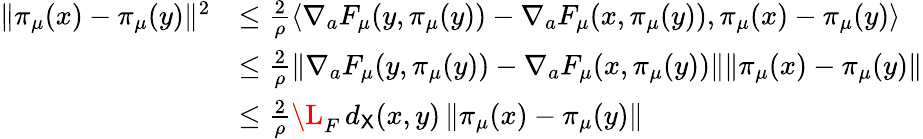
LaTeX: \begin{array}{rl}{\| \pi_{\mu}(x)-\pi_{\mu}(y)\| ^{2}}&{\leq\frac{2}{\rho}\langle\nabla_{a}F_{\mu}(y,\pi_{\mu}(y))-\nabla_{a}F_{\mu}(x,\pi_{\mu}(y)),\pi_{\mu}(x)-\pi_{\mu}(y)\rangle}\\ &{\leq\frac{2}{\rho}\| \nabla_{a}F_{\mu}(y,\pi_{\mu}(y))-\nabla_{a}F_{\mu}(x,\pi_{\mu}(y))\| \| \pi_{\mu}(x)-\pi_{\mu}(y)\| }\\ &{\leq\frac{2}{\rho}\L_{F}\, d_{{\mathsf X}}(x,y)\, \| \pi_{\mu}(x)-\pi_{\mu}(y)\| }\end{array}